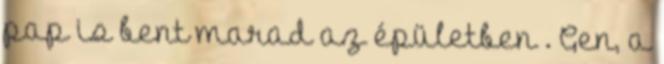
pap is bent marad az épületben . Gen, a